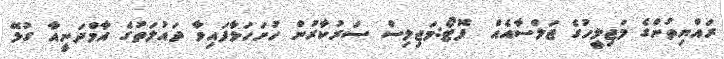
ރައްޔިތުންގެ މަޖިލީހުގެ ޖަލްސާއެއް  ފޮޓޯ:މަޖިލިސް ސަރުކާރުން ހުށަހަޅާފައިވާ ދައުލަތުގެ އާމްދަނީއާ ގުޅޭ